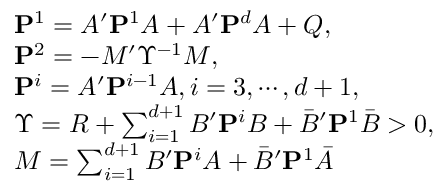
\begin{array} { r l } & { \mathbf P ^ { 1 } = A ^ { \prime } \mathbf P ^ { 1 } A + A ^ { \prime } \mathbf P ^ { d } A + Q , } \\ & { \mathbf P ^ { 2 } = - M ^ { \prime } \Upsilon ^ { - 1 } M , } \\ & { \mathbf P ^ { i } = A ^ { \prime } \mathbf P ^ { i - 1 } A , i = 3 , \cdots , d + 1 , } \\ & { \Upsilon = R + \sum _ { i = 1 } ^ { d + 1 } B ^ { \prime } \mathbf P ^ { i } B + \bar { B } ^ { \prime } \mathbf P ^ { 1 } \bar { B } > 0 , } \\ & { M = \sum _ { i = 1 } ^ { d + 1 } B ^ { \prime } \mathbf P ^ { i } A + \bar { B } ^ { \prime } \mathbf P ^ { 1 } \bar { A } } \end{array}